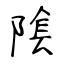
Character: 隂